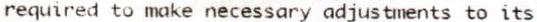
REQUIRED TO MAKE NECESSARY ADJUSTMENTS TO ITS